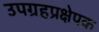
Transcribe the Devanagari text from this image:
उपग्रहप्रक्षेपक